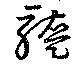
醢